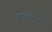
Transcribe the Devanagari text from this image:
टपलेल्या